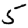
Digit: 5